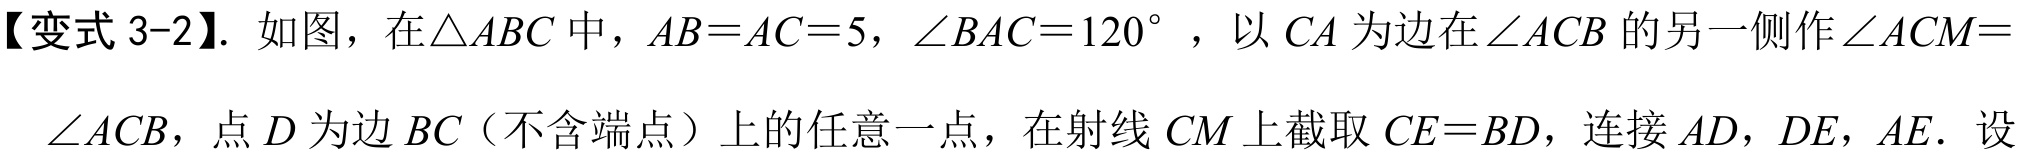
【变式 3-2】. 如图，在\(\triangle ABC\)中，\(AB = AC = 5\)，\(\angle BAC = 120^{\circ}\)，以\(CA\)为边在\(\angle ACB\)的另一侧作\(\angle ACM =\)
\(\angle ACB\)，点\(D\)为边\(BC\)（不含端点）上的任意一点，在射线\(CM\)上截取\(CE = BD\)，连接\(AD\)，\(DE\)，\(AE\)．设